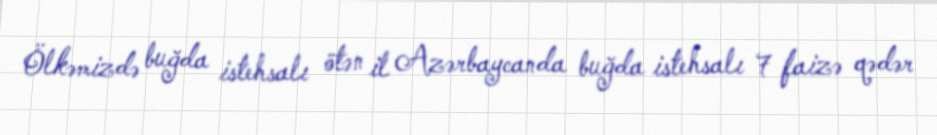
Ölkəmizdə buğda istehsalı ötən il Azərbaycanda buğda istehsalı 7 faizə qədər